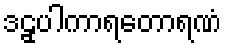
ဒဠှပါကာရတောရဏံ